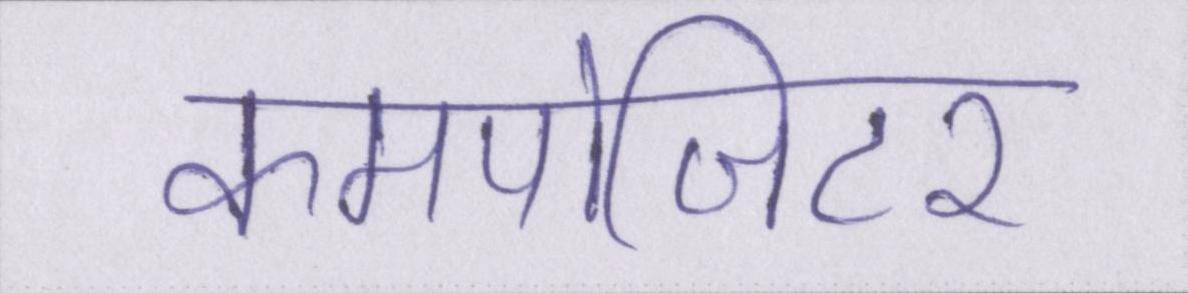
कमपोजिटर